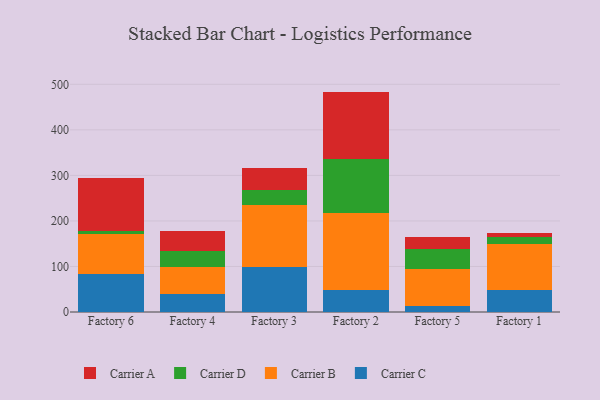
{"axis": {"x": "Factory", "y": "Shipments"}, "legend": ["Carrier A", "Carrier B", "Carrier C", "Carrier D"], "data": [{"x": "Factory 6", "y": 84.0, "type": "Carrier C"}, {"x": "Factory 6", "y": 86.3, "type": "Carrier B"}, {"x": "Factory 6", "y": 8.2, "type": "Carrier D"}, {"x": "Factory 6", "y": 114.9, "type": "Carrier A"}, {"x": "Factory 4", "y": 39.4, "type": "Carrier C"}, {"x": "Factory 4", "y": 59.3, "type": "Carrier B"}, {"x": "Factory 4", "y": 36.3, "type": "Carrier D"}, {"x": "Factory 4", "y": 42.2, "type": "Carrier A"}, {"x": "Factory 3", "y": 99.5, "type": "Carrier C"}, {"x": "Factory 3", "y": 135.1, "type": "Carrier B"}, {"x": "Factory 3", "y": 33.5, "type": "Carrier D"}, {"x": "Factory 3", "y": 47.2, "type": "Carrier A"}, {"x": "Factory 2", "y": 49.3, "type": "Carrier C"}, {"x": "Factory 2", "y": 167.3, "type": "Carrier B"}, {"x": "Factory 2", "y": 119.6, "type": "Carrier D"}, {"x": "Factory 2", "y": 147.8, "type": "Carrier A"}, {"x": "Factory 5", "y": 12.8, "type": "Carrier C"}, {"x": "Factory 5", "y": 81.5, "type": "Carrier B"}, {"x": "Factory 5", "y": 43.3, "type": "Carrier D"}, {"x": "Factory 5", "y": 27.8, "type": "Carrier A"}, {"x": "Factory 1", "y": 48.8, "type": "Carrier C"}, {"x": "Factory 1", "y": 101.1, "type": "Carrier B"}, {"x": "Factory 1", "y": 15.8, "type": "Carrier D"}, {"x": "Factory 1", "y": 8.1, "type": "Carrier A"}]}